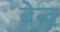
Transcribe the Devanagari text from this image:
बेन्द